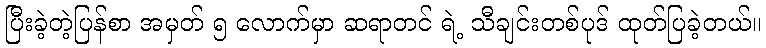
ပြီးခဲ့တဲ့ပြန်စာ အမှတ် ၅ လောက်မှာ ဆရာတင် ရဲ့ သီချင်းတစ်ပုဒ် ထုတ်ပြခဲ့တယ်။